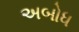
અબોધ